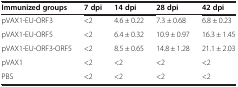
| Immunized groups | 7 dpi | 14 dpi | 28 dpi | 42 dpi |
 | --- | --- | --- | --- | --- |
 | pVAX1-EU-ORF3 | <2 | 4.6 ± 0.22 | 7.3 ± 0.68 | 6.8 ± 0.23 |
 | pVAX1-EU-ORF5 | <2 | 6.4 ± 0.32 | 10.9 ± 0.97 | 16.3 ± 1.45 |
 | pVAX1-EU-ORF3-ORF5 | <2 | 8.5 ± 0.65 | 14.8 ± 1.28 | 21.1 ± 2.03 |
 | pVAX1 | <2 | <2 | <2 | <2 |
 | PBS | <2 | <2 | <2 | <2 |